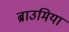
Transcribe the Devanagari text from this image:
ब्राउमिया